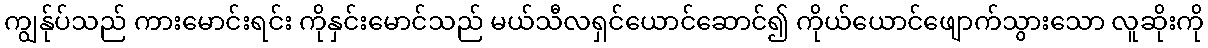
ကျွန်ုပ်သည် ကားမောင်းရင်း ကိုနှင်းမောင်သည် မယ်သီလရှင်ယောင်ဆောင်၍ ကိုယ်ယောင်ဖျောက်သွားသော လူဆိုးကို